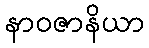
နာဝဇာနိယာ